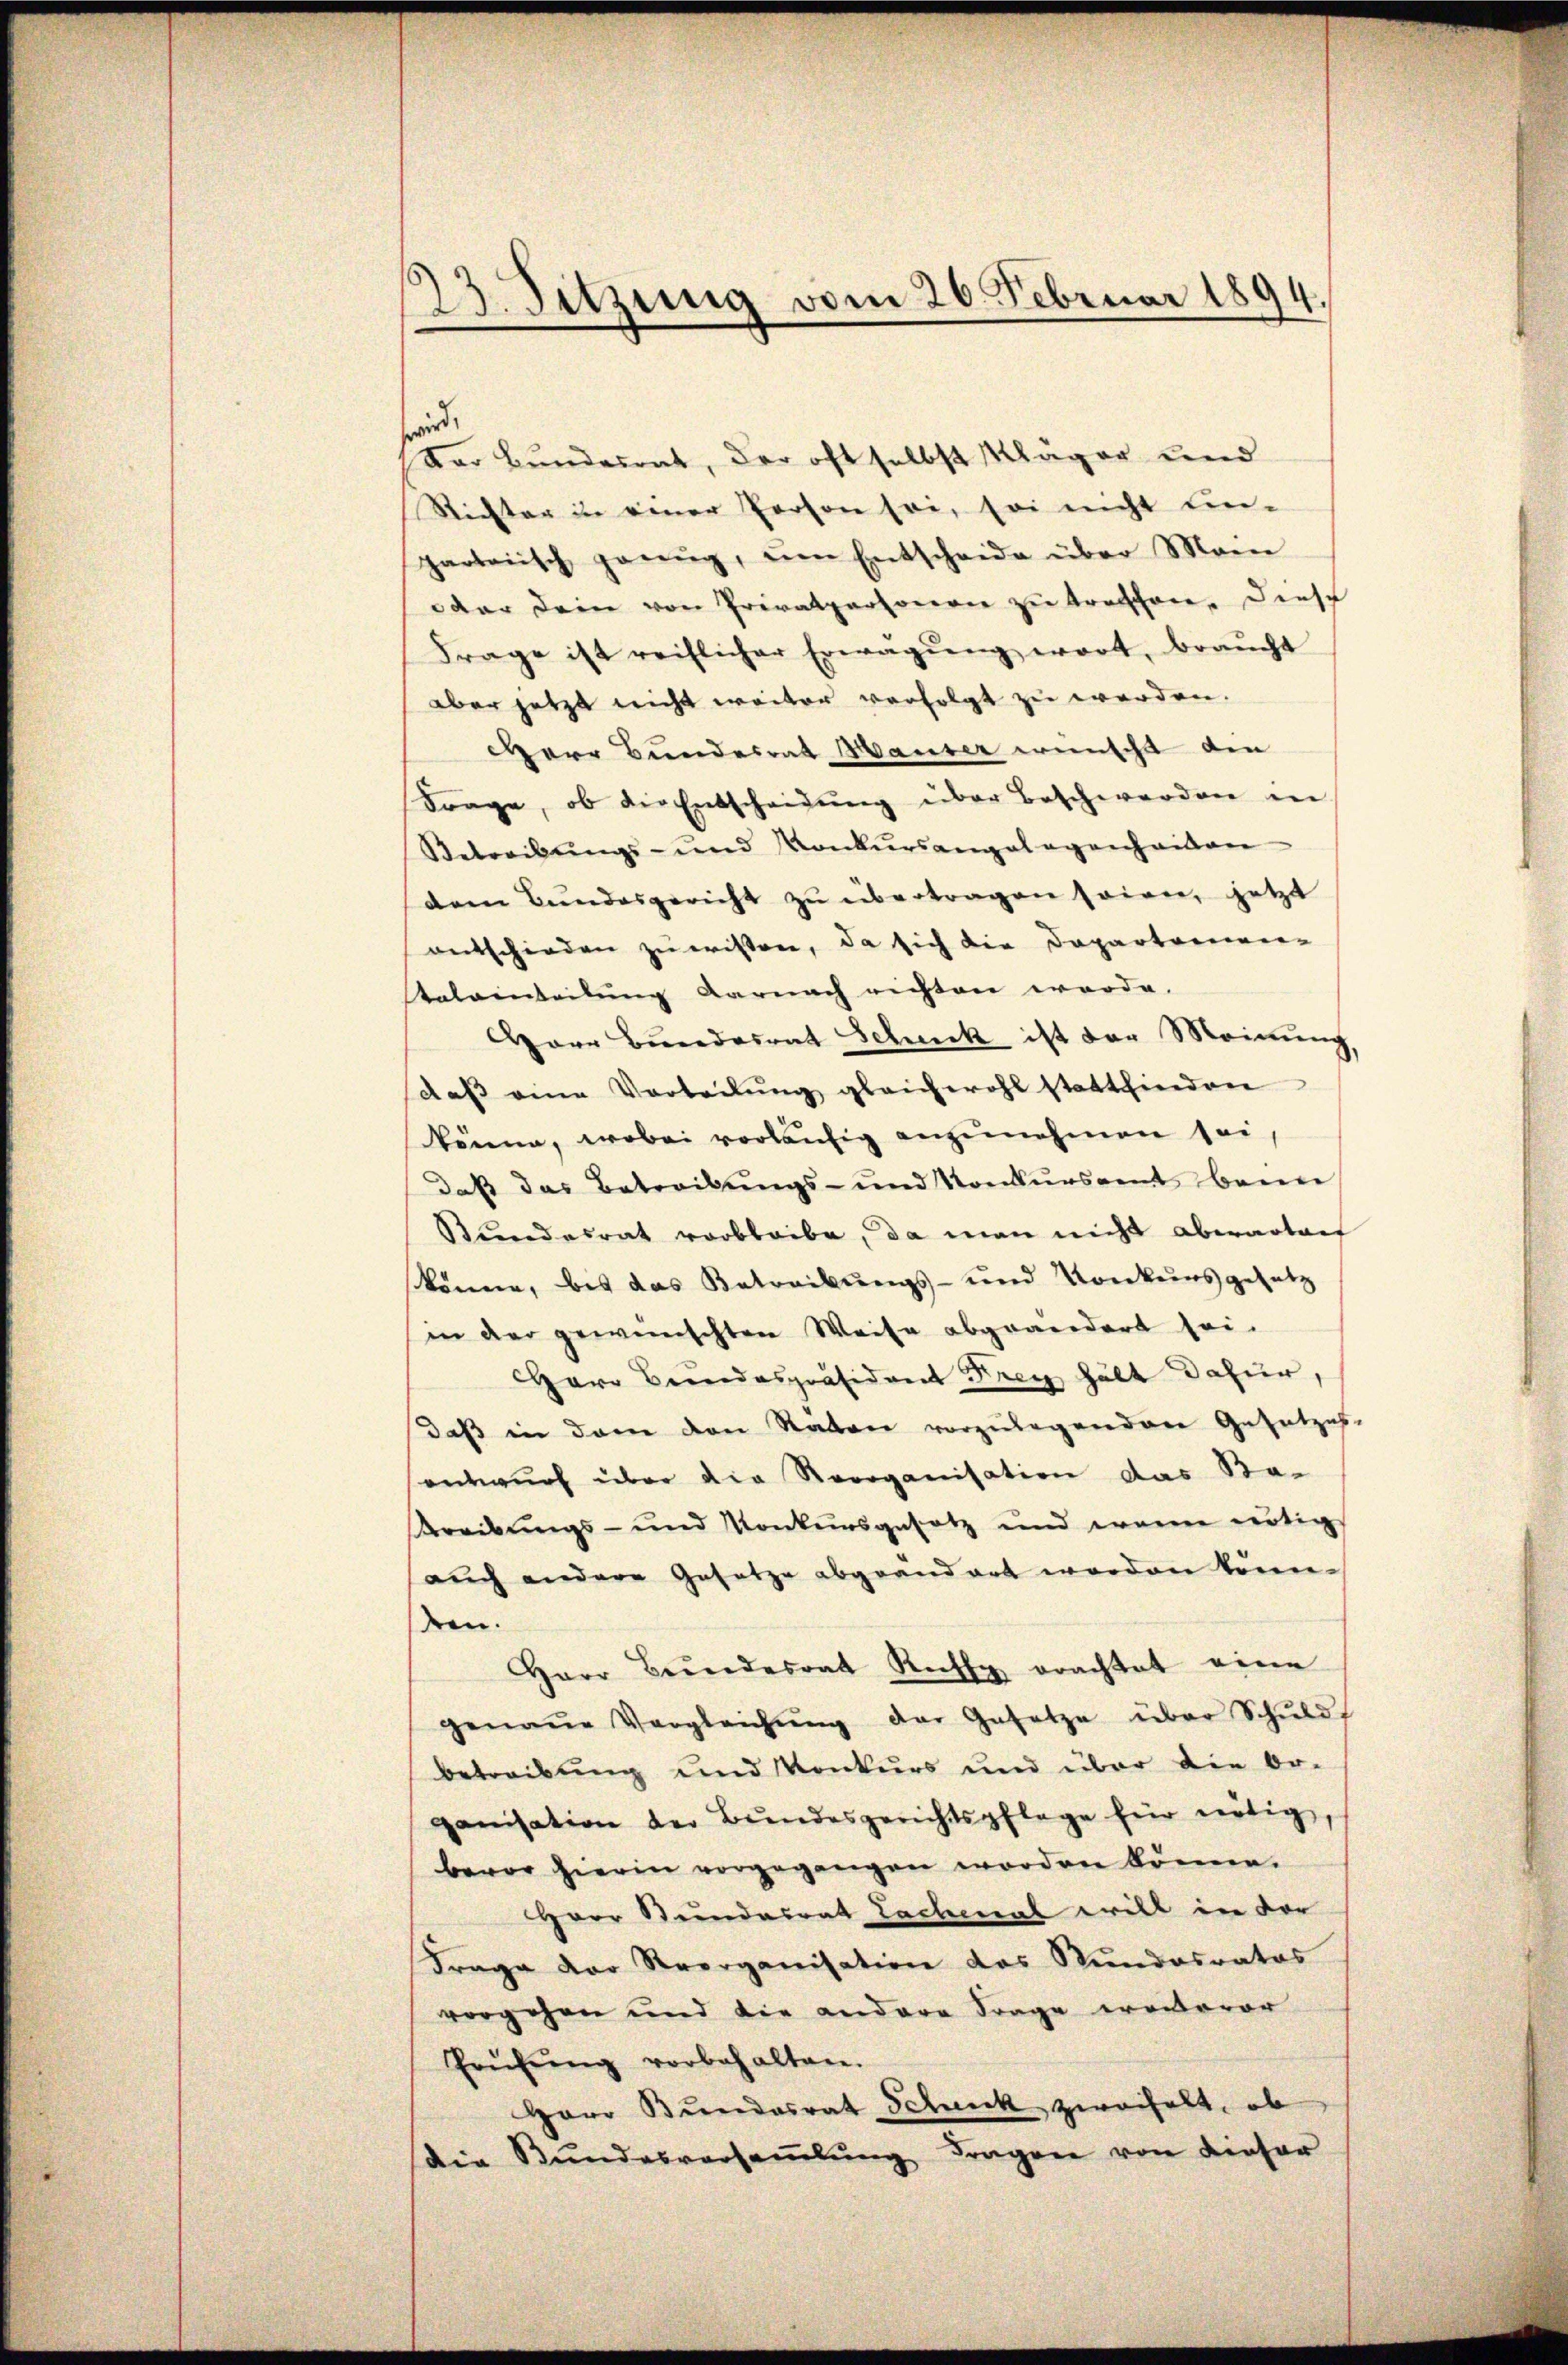
23. Sitzung vom 26. Februar 1894.

wird,
Der Bundesrat, der oft selbst Kläger und
Richter in einer Person sei, sei nicht ein-
partarisch genŭg, ŭm Entscheide über Mein
oder dein von Privatpersonere zu treffen. Diese
Frage ist reiflicher Erwägŭng wort, braucht
aber jetzt nicht weiter verfolgt zu werden.
arr Bundesrat Hauser wünscht den
Frage, ob die Entscheidŭng über Beschwerden in
Betreibŭngs- und Konkŭrsangelegenheiten
dem Bŭndesgericht zŭ übertragen sowie jetzt
entschieden zu wissen, da sich die Departemen-
Ralainteilŭng darnach richten werde.
Aarr Bundesrat Schick ist der Meinung
daβ eine Vorteilŭng gleichwohl stattfinden
könne, wobei vorläufig anzunehmen sei
daß das Betreibŭngs- und Konkŭrsamt beim
Bundesrat verbleibe, da man nicht abwartenf
könne, bis das Betreibungs- und Konkursgesetz
in der gewünschten Weise abgeändert sei.
arr Beendespräsident Frey hält dafür,
daß in dem den Staben vorzulegendere Gesetzes-
sentwurf über die Reorganisation das Re-
Kreibungs- und Konkursgesetz und wenn nötig
auch andere Gesetze abgeändert worden könn.
den.
Herr Bundesrat Recht erachtet eine
genaue Vergleichŭng der Gesetze über Schŭld
betreibung und Konkurs und über die Or-
ganisation der Bundesgerichtspflege für nötig,
bevor hierin vorgegangen worden könne.
Herr Bundesrat Lachmal will in der
Frage der Krorganisation das Stundesrates
vorgehen und die andere Frage eronterer
Prüfŭng vorbehalten.
Herr Bundesrat Schick zweifelt, ob
Die Stŭndesversaṁlŭng fragen von dieser